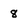
Character: 8